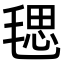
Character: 毸